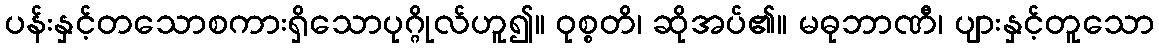
ပန်းနှင့်တသောစကားရှိသောပုဂ္ဂိုလ်ဟူ၍။ ဝုစ္စတိ၊ ဆိုအပ်၏။ မဓုဘာဏီ၊ ပျားနှင့်တူသော